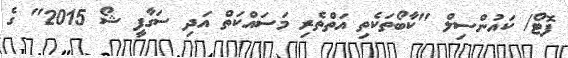
ފޮޓޯ/ ކައުންސިލް "ކާބޯތަކެތި އަތްތެރި މަސައްކަތް އަދި ސަގާފީ ޝޯ 2015" ގެ